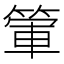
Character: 𥰃